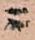
ニ